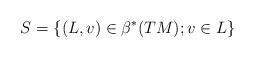
LaTeX: \begin{align*}S = \{(L, v) \in\beta^{*}(TM); v \in L\}\end{align*}